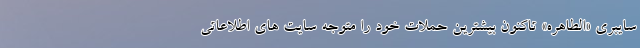
سایبری «الطاهره» تاکنون بیشترین حملات خود را متوجه سایت های اطلاعاتی